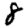
Digit: 8